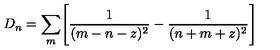
D _ { n } = \sum _ { m } \Biggl [ { \frac { 1 } { ( m - n - z ) ^ { 2 } } } - { \frac { 1 } { ( n + m + z ) ^ { 2 } } } \Biggr ]